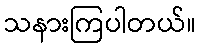
သနားကြပါတယ်။